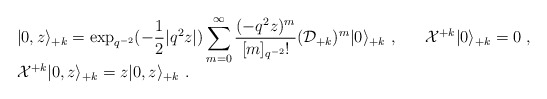
\begin{align*}\begin{array}{l}\vert 0, z\rangle_{+k}=\displaystyle\exp_{q^{-2}}(-\frac{1}{2}|q^2z|)\sum_{m=0}^\infty \frac{(-q^2z)^m}{[m]_{q^{-2}}!}({\cal D}_{+k})^m\vert 0 \rangle_{+k}~,~~~~~{\cal X}^{+k}\vert 0\rangle_{+k}=0~,\\{\cal X}^{+k}\vert 0,z\rangle_{+k}=z\vert 0,z\rangle_{+k}~.\end{array}\end{align*}